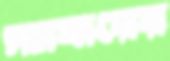
স্যাবারের